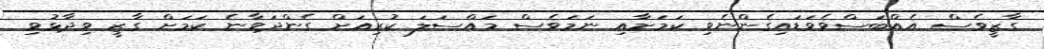
ގާޒީވެސް އެއްބަސްވެވަޑައިގެންނެވި ކަމަށާއި ނަމަވެސް މައްސަލަ ކުރިއަށް ގެންދަވާނެ ކަމަށް ގާޒީ ވިދާޅުވި